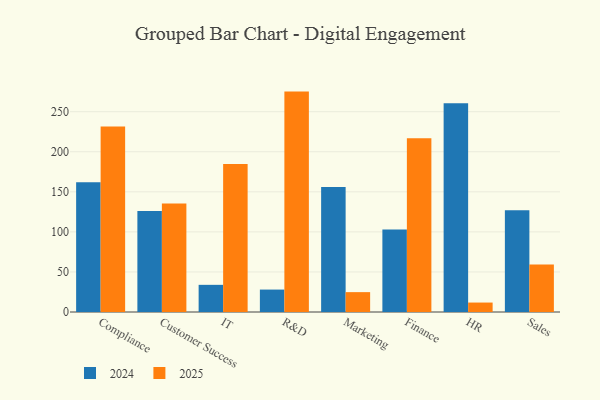
{"axis": {"x": "Department", "y": "Backlog"}, "legend": ["2024", "2025"], "data": [{"x": "Compliance", "y": 162.1, "type": "2024"}, {"x": "Compliance", "y": 231.5, "type": "2025"}, {"x": "Customer Success", "y": 126.2, "type": "2024"}, {"x": "Customer Success", "y": 135.3, "type": "2025"}, {"x": "IT", "y": 33.9, "type": "2024"}, {"x": "IT", "y": 184.7, "type": "2025"}, {"x": "R&D", "y": 28.0, "type": "2024"}, {"x": "R&D", "y": 275.1, "type": "2025"}, {"x": "Marketing", "y": 156.1, "type": "2024"}, {"x": "Marketing", "y": 24.8, "type": "2025"}, {"x": "Finance", "y": 103.0, "type": "2024"}, {"x": "Finance", "y": 217.0, "type": "2025"}, {"x": "HR", "y": 260.6, "type": "2024"}, {"x": "HR", "y": 11.8, "type": "2025"}, {"x": "Sales", "y": 127.0, "type": "2024"}, {"x": "Sales", "y": 59.3, "type": "2025"}]}